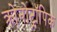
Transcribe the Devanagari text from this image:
क्रोनोट्रॉपिक